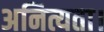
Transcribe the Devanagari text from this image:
अनित्यता।